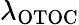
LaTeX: \lambda_{\mathrm{{OTOC}}}